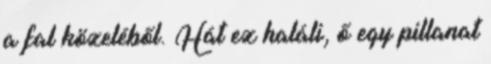
a fal közeléből. Hát ez haláli, ő egy pillanat